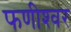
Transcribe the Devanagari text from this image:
फणीश्‍वर